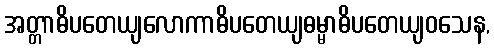
အတ္တာဓိပတေယျလောကာဓိပတေယျဓမ္မာဓိပတေယျဝသေန,